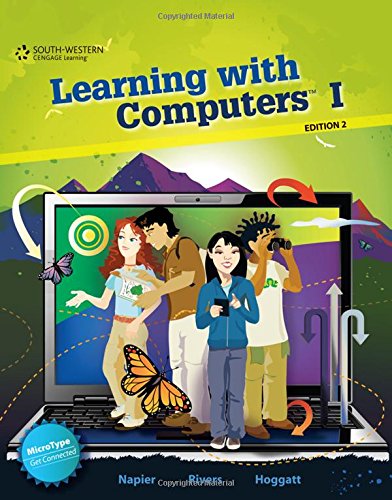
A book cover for Learning with Computers I (Level Green Grade 7) (Middle School Solutions); H. Albert Napier; Children's Books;